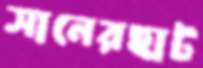
সানেরহাট